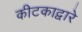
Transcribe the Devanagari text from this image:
कीटकाद्वारे